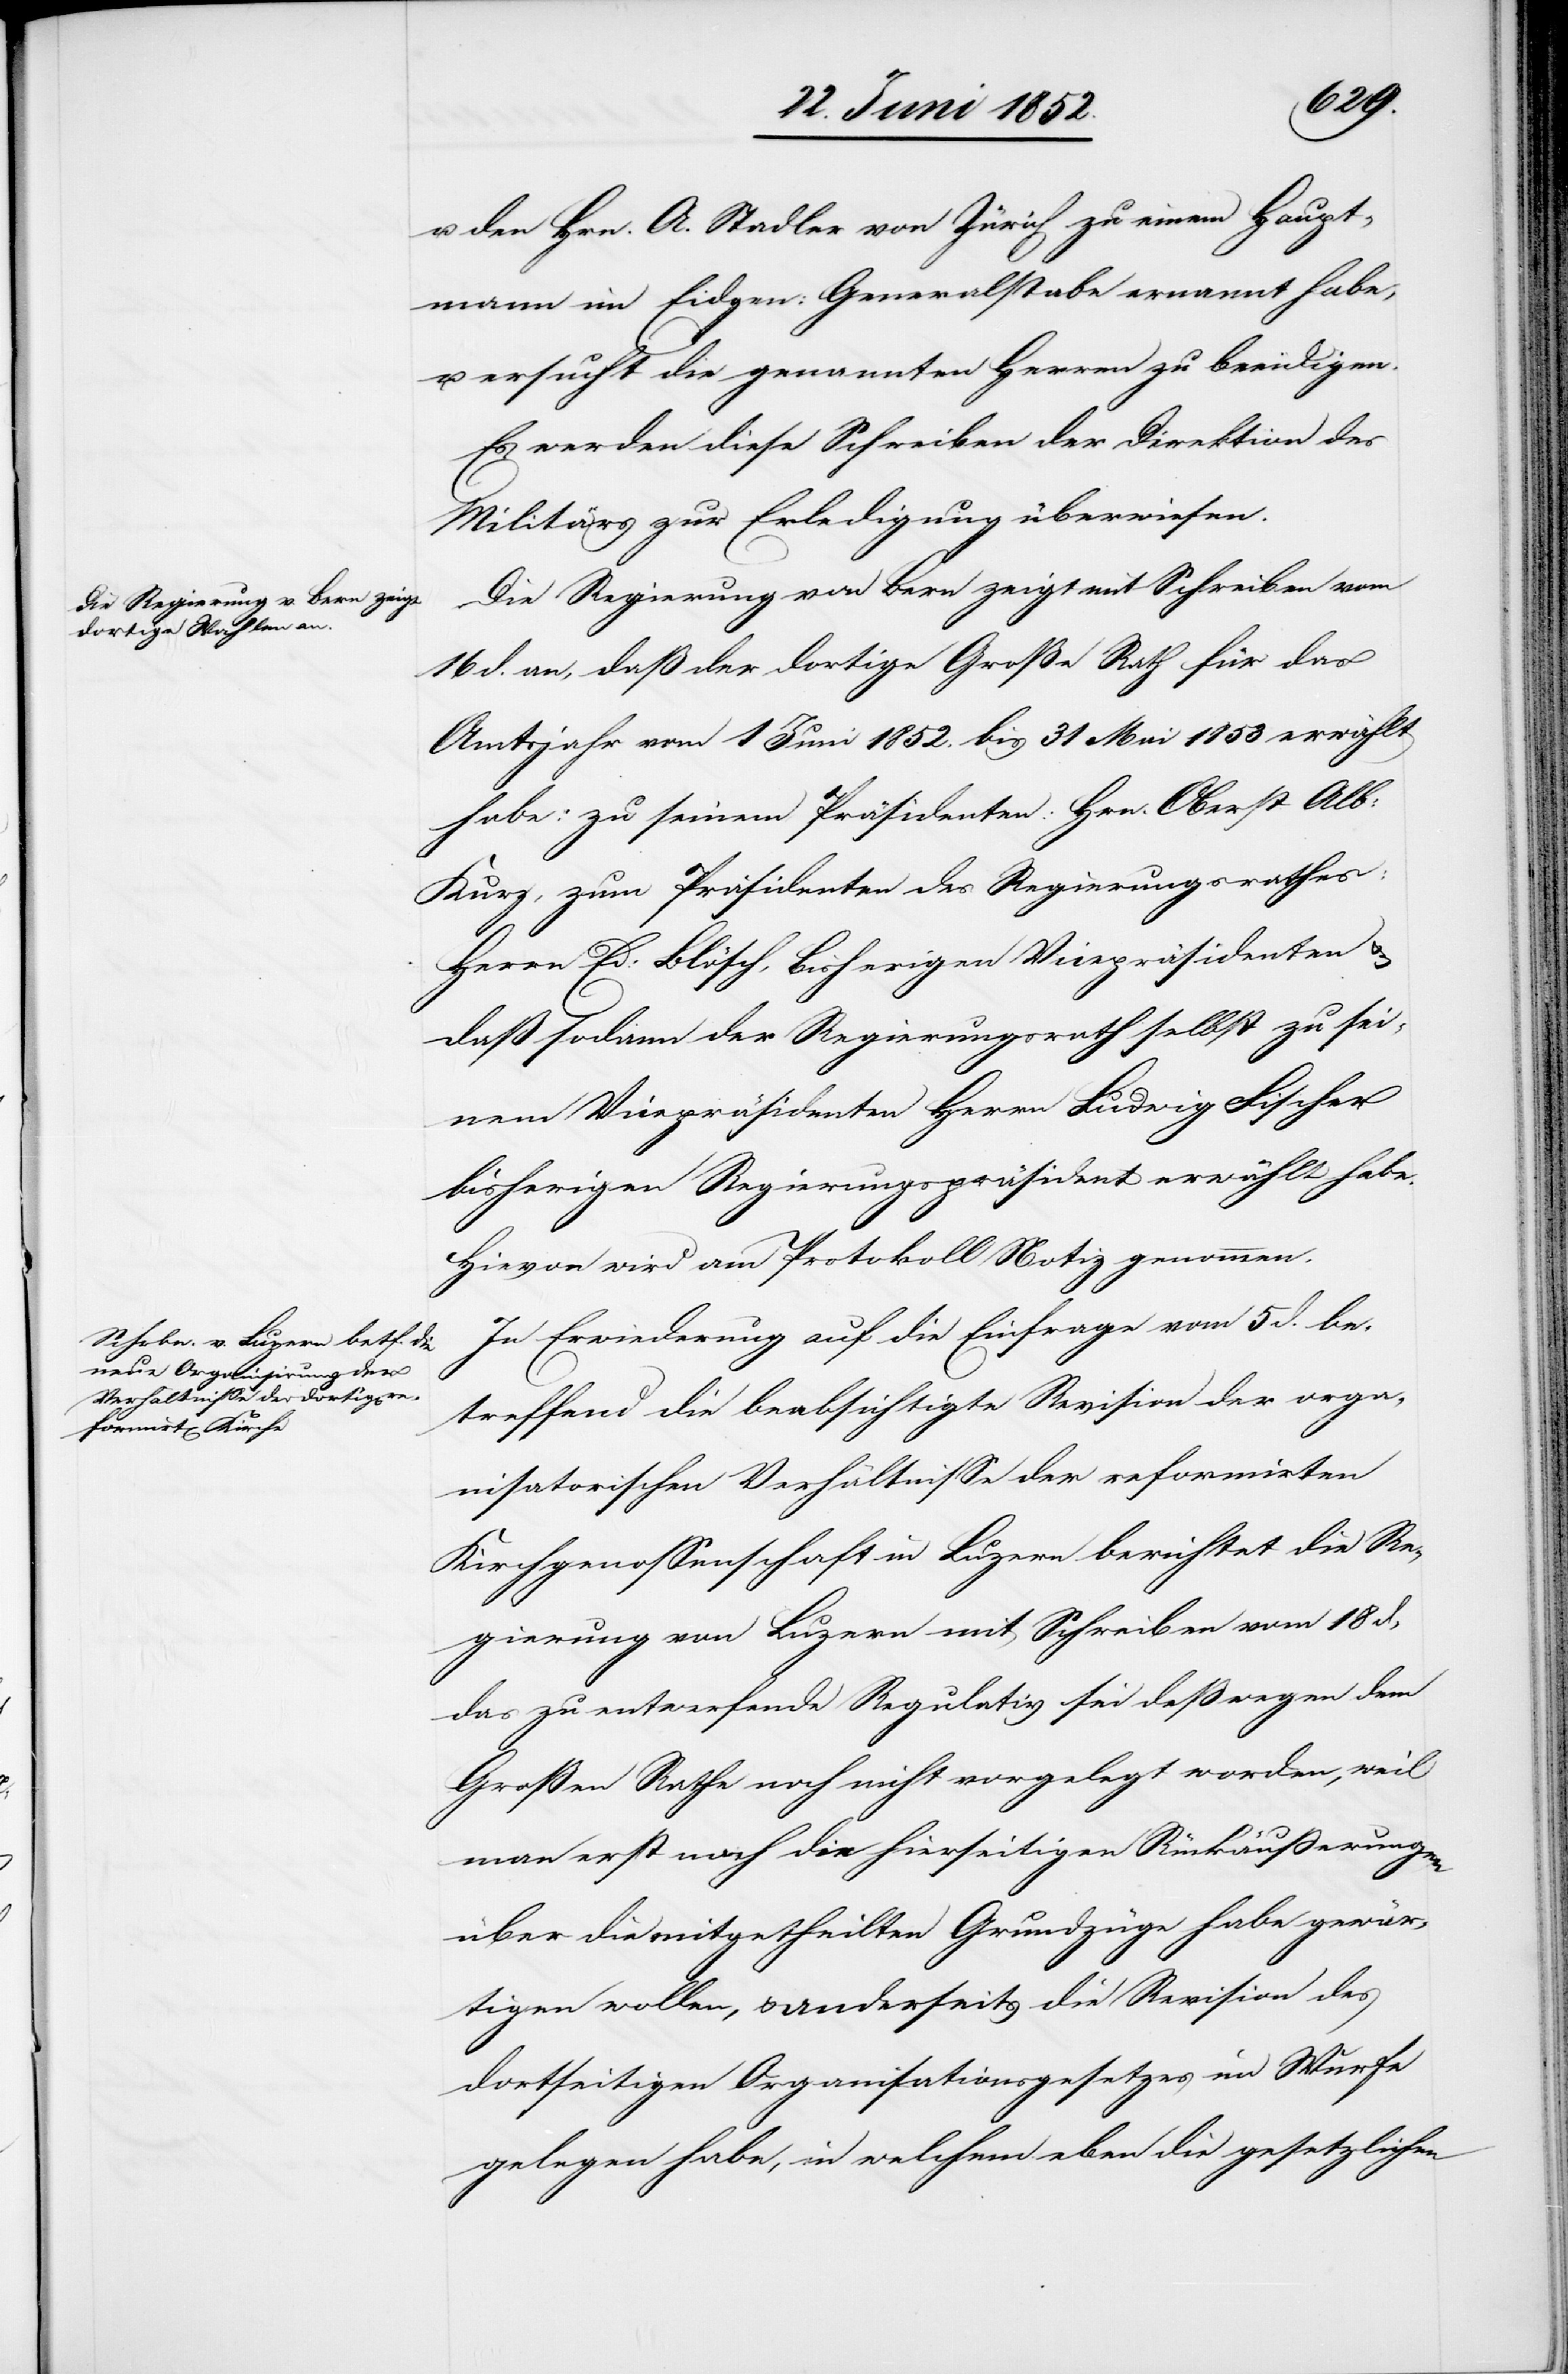
u. den Hrn. A. Stadler von Zürich zu einem Haupt¬
mann im Eidgen: Generalstabe ernannt habe,
u. ersucht die genannten Herren zu beeidigen.
Es werden diese Schreiben der Direktion des
Militärs zur Erledigung überwiesen.
Die Regierung von Bern zeigt mit Schreiben vom
16 d. an, daß der dortige Große Rath für das
Amtsjahr vom 1 Juni 1852. bis 31 Mai 1853 erwählt
habe: zu seinem Präsidenten: Hrn. Oberst Alb:
Kurz, zum Präsidenten des Regierungsrathes:
Herrn Ed: Blösch, bisherigen Vicepräsidenten &
daß sodann der Regierungsrath selbst zu sei¬
nem Vicepräsidenten Herrn Ludwig Fischer
bisherigen Regierungspräsident erwählt habe.
Hievon wird am Protokoll Notiz genommen.
In Erwiederung auf die Einfrage vom 5 d. be¬
treffend die beabsichtigte Revision der orga¬
nisatorischen Verhältnisse der reformirten
Kirchgenossenschaft in Luzern berichtet die Re¬
gierung von Luzern mit Schreiben vom 18 d,
das zu entwerfende Regulativ sei deßwegen dem
Großen Rathe noch nicht vorgelegt worden, weil
man erst noch die hierseitigen Rückäusserungen
über die mitgetheilten Grundzüge habe gewär¬
tigen wollen, & anderseits die Revision des
dortseitigen Organisationsgesetzes im Wurfe
gelegen habe, in welchem eben die gesetzlichen